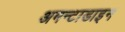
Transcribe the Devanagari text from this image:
अमन्टाडाइन